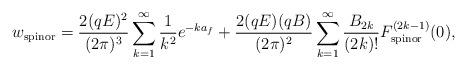
LaTeX: \begin{align*}w_{\rm spinor} = \frac{2(qE)^2}{(2 \pi)^3} \sum_{k = 1}^{\infty}\frac{1}{k^2} e^{- k a_f} + \frac{2(qE)(qB)}{(2 \pi)^2} \sum_{k = 1}^{\infty} \frac{B_{2k}}{(2k)!} F_{\rm spinor}^{(2k-1)} (0), \end{align*}